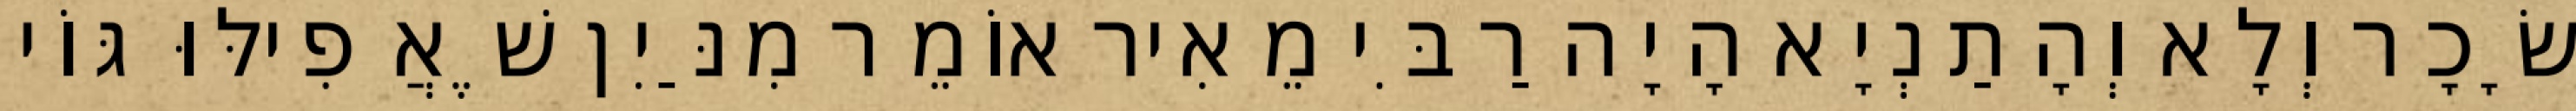
שָׂכָר וְלָא וְהָתַנְיָא הָיָה רַבִּי מֵאִיר אוֹמֵר מִנַּיִן שֶׁאֲפִילּוּ גּוֹי